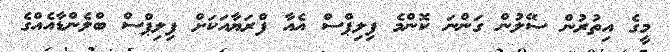
މީގެ އިތުރުން ސޭލުން ގަންނަ ކޮންމެ ފިލިޕްސް އެއާ ފްރަޔާއަކަށް ފިލިޕްސް ބްލެންޑާއެއްގެ